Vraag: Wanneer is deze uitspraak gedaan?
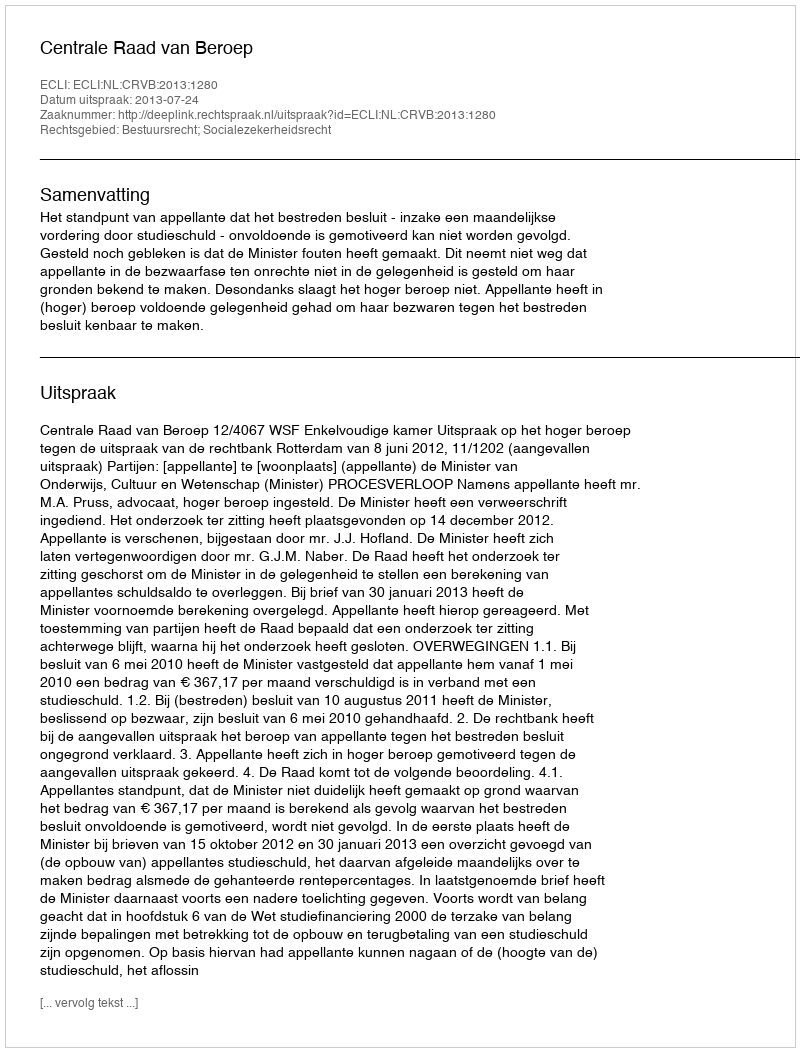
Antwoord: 2013-07-24